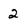
Character: 2